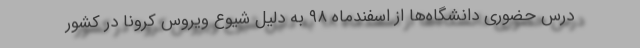
درس حضوری دانشگاه‌ها از اسفندماه ۹۸ به دلیل شیوع ویروس کرونا در کشور